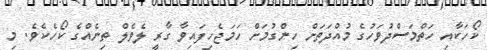
ކޯހަކާއި ހަތްމަސްދުވަހުގެ މުއްދަތަށް ހިންގުމަށް ހަމަޖެހިފައިވާ ގާރީ ލެވެލް ތިނެއްގެ ކޯހެކެވެ. މި